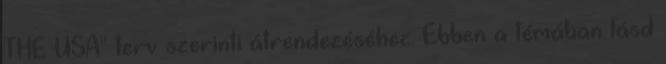
THE USA" terv szerinti átrendezéséhez. Ebben a témában lásd